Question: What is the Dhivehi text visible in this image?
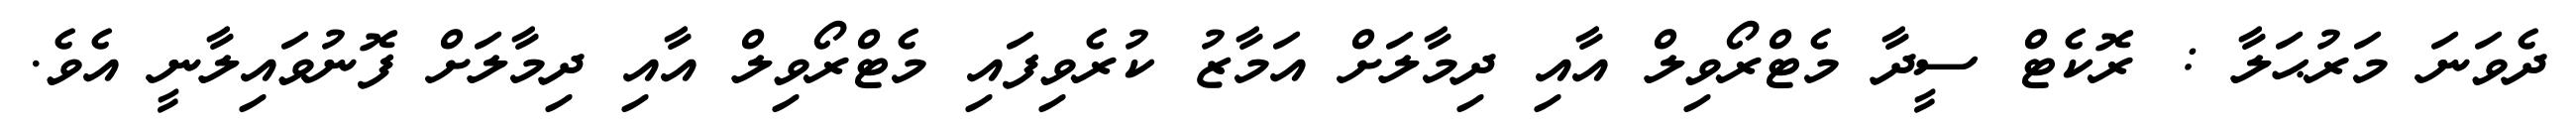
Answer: ދެވަނަ މަރުޙަލާ : ރޮކެޓް ސީދާ މެޓްރޯވިލް އާއި ދިމާލަށް އަމާޒު ކުރެވިފައި މެޓްރޯވިލް އާއި ދިމާލަށް ފޮނުވައިލާނީ އެވެ.